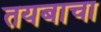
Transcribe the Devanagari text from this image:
तयबाचा